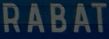
RABAT